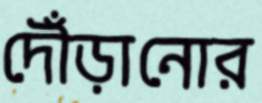
দৌঁড়ানোর